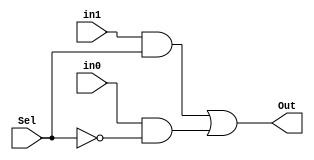
module Mux2_1_1bit(input in0,
						 input in1,
						 input Sel,
						 output Out);
	wire AndOut1, AndOut2, Nout;
	and(AndOut1, in1, Sel);
	not(Nout, Sel);
	and(AndOut2, in0, Nout);
	or(Out, AndOut1, AndOut2);
endmodule